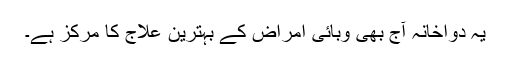
یہ دواخانہ آج بھی وبائی امراض کے بہترین علاج کا مرکز ہے۔